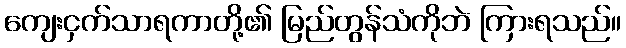
ကျေးငှက်သာရကာတို့၏ မြည်တွန်သံကိုဘဲ ကြားရသည်။